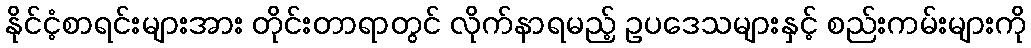
နိုင်ငံ့စာရင်းများအား တိုင်းတာရာတွင် လိုက်နာရမည့် ဥပဒေသများနှင့် စည်းကမ်းများကို